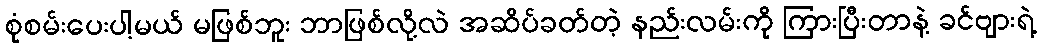
စုံစမ်းပေးပါ့မယ် မဖြစ်ဘူး ဘာဖြစ်လို့လဲ အဆိပ်ခတ်တဲ့ နည်းလမ်းကို ကြားပြီးတာနဲ့ ခင်ဗျားရဲ့